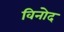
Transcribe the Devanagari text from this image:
विनोेद